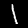
Label: 1